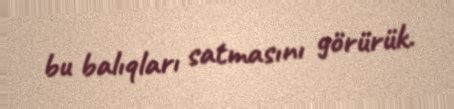
bu balıqları satmasını görürük.